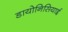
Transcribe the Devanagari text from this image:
डायोनिसियाई